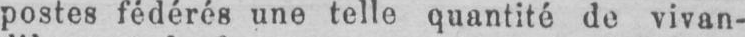
postes fédérés une telle quantité de vivan-